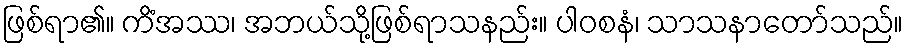
ဖြစ်ရာ၏။ ကိံအဿ၊ အဘယ်သို့ဖြစ်ရာသနည်း။ ပါဝစနံ၊ သာသနာတော်သည်။